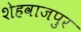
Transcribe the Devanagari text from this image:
शेहवाजपुर